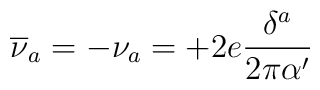
\overline{\nu }_{a}=-\nu _{a}=+2e\frac{\delta ^{a}}{2\pi \alpha '}